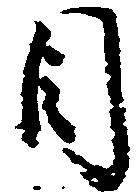
目